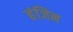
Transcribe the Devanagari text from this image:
हंजिन